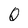
Character: Q